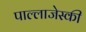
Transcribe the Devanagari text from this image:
पाल्लाजेस्की